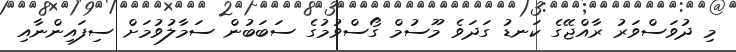
މި ދުވަސްވަރު ރާއްޖޭގެ ކަނޑު ގަދަވެ މޫސުމް ގޯސްވުމުގެ ސަބަބުން ސަމާލުވުމަށް ސިފައިންނާއި